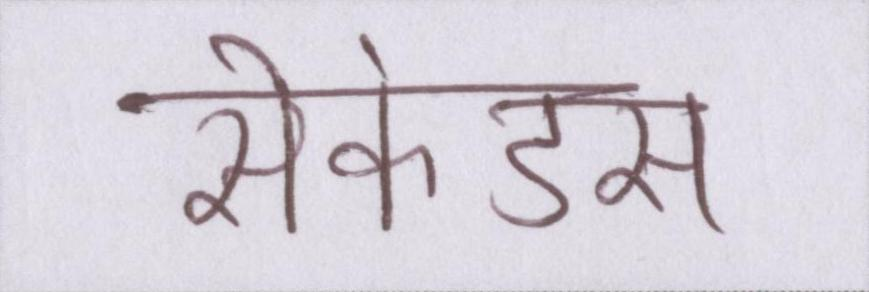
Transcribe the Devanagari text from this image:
सेकंड्स